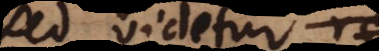
Sed videtur res